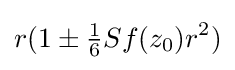
r(1\pm {\tfrac {1}{6}}Sf(z_{0})r^{2})